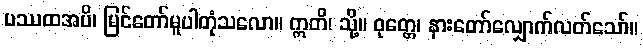
ပဿထအပိ၊ မြင်တော်မူပါတုံသလော။ ဣတိ၊ သို့။ ဝုတ္တေ၊ နားတော်လျှောက်လတ်သော်။